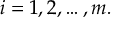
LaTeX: i = 1 , 2 , \dots , m .